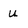
Character: U